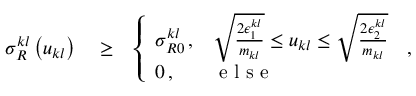
\begin{array} { r l r } { \sigma _ { R } ^ { k l } \left( u _ { k l } \right) } & { { } \ge } & { \left\{ \begin{array} { l l } { \sigma _ { R 0 } ^ { k l } \, , } & { \sqrt { \frac { 2 \epsilon _ { 1 } ^ { k l } } { m _ { k l } } } \le u _ { k l } \le \sqrt { \frac { 2 \epsilon _ { 2 } ^ { k l } } { m _ { k l } } } } \\ { 0 \, , } & { \mathrm { ~ e ~ l ~ s ~ e ~ } } \end{array} \right. \, , } \end{array}